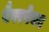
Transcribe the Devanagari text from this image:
वैपरवेयर